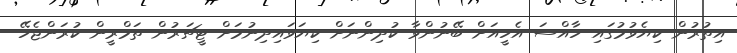
އިތުރުން ކިޔެވުމުގައި ހާއްސަ އެހީއަށް ބޭނުންވާ ކުދިންނަށް ކިޔަވައިދިނުމަށް ޓީޗަރުން ތަމްރީން ކުރަންޖެހޭ